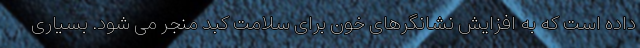
داده است که به افزایش نشانگرهای خون برای سلامت کبد منجر می شود. بسیاری